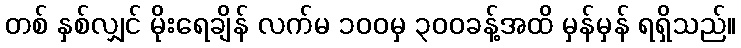
တစ် နှစ်လျှင် မိုးရေချိန် လက်မ ၁၀၀မှ ၃၀၀ခန့်အထိ မှန်မှန် ရရှိသည်။